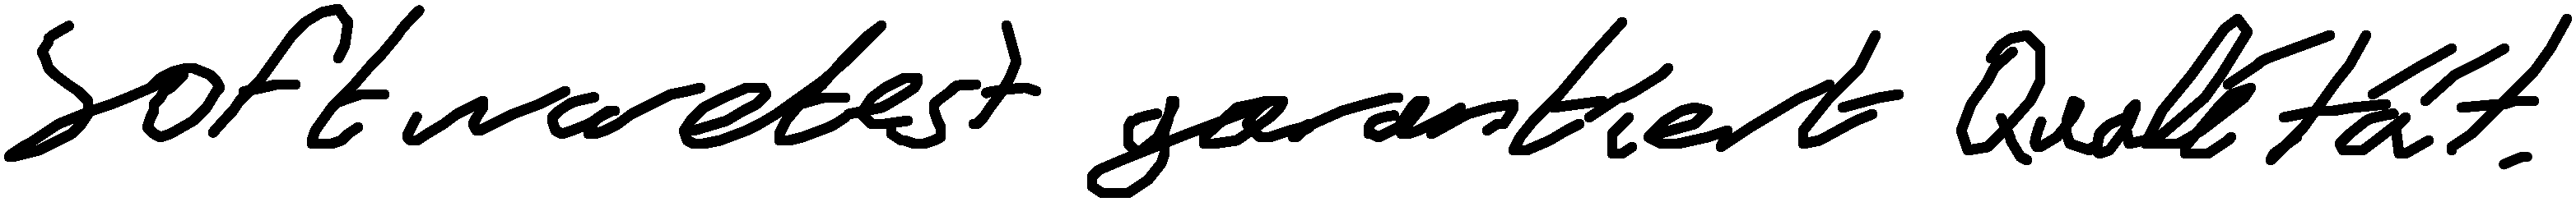
Softwaretest garantiert Qualität.